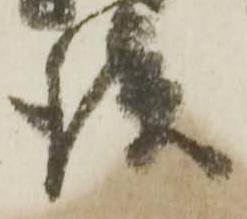
談